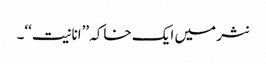
نثر میں ایک خاکہ ’’انانیت‘‘۔